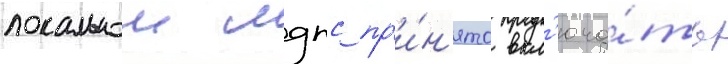
локальнои мдпс пр'и́н'ято вкл'юча́ть